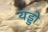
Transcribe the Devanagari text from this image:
यड्डो